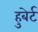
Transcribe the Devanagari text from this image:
हुबेर्ट